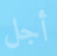
أجل